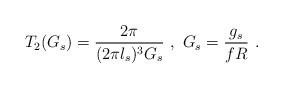
LaTeX: \begin{align*}T_2(G_s)=\frac{2\pi}{(2\pi l_s)^3 G_s}\ ,\ G_s=\frac{g_s}{fR}\ .\end{align*}